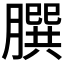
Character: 𦠆